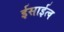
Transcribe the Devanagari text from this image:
ईसाईत्व